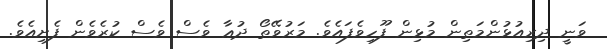
ވަނީ ދިރިއުޅުންމަތިން މުޅިން ފޫހިވެފައެވެ. މަރުވޭތޯ ދުޢާ ވެސް ވެސް ކުރެވެން ފެށިއެވެ.